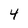
Character: 4